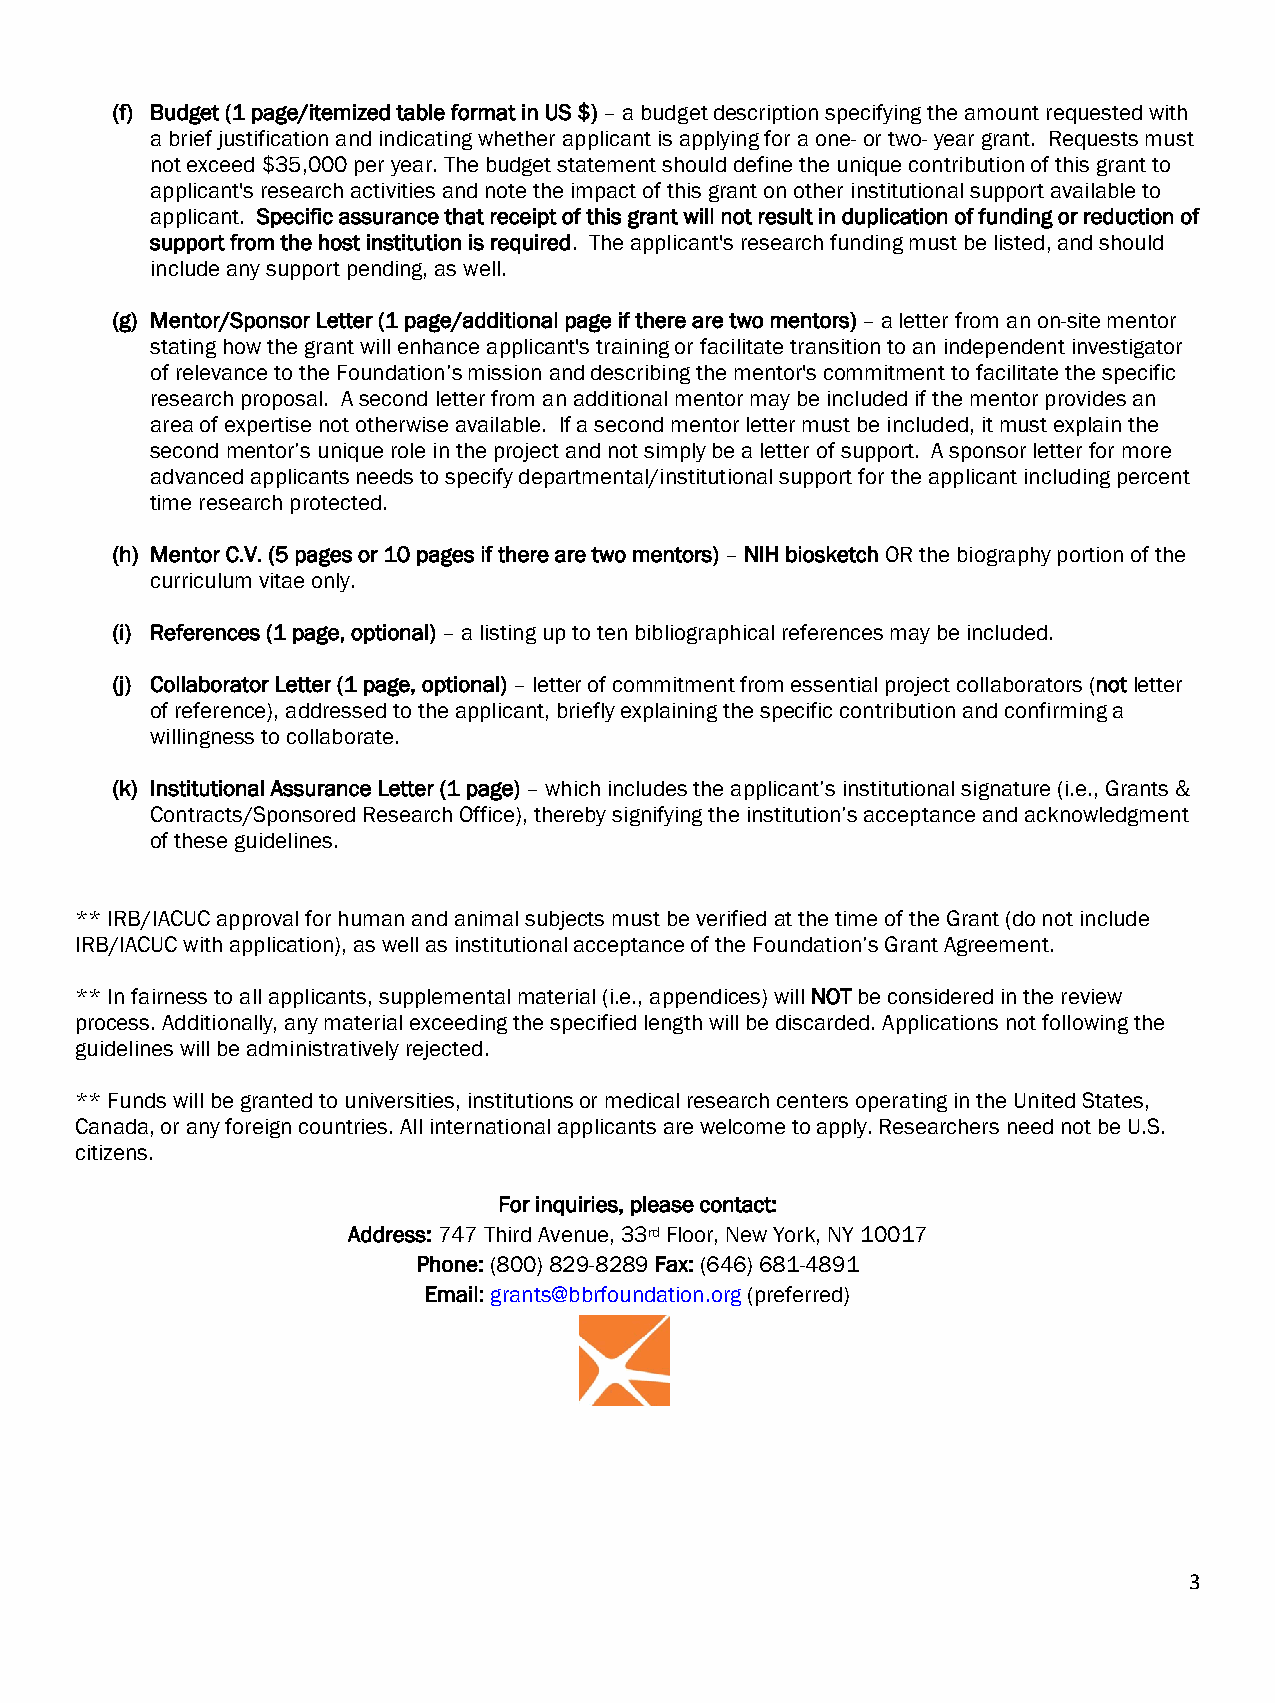
(f) Budget (1 page/itemized table format in US $) – a budget description specifying the amount requested with
 a brief justification and indicating whether applicant is applying for a one- or two- year grant. Requests must
 not exceed $35,000 per year. The budget statement should define the unique contribution of this grant to
 applicant's research activities and note the impact of this grant on other institutional support available to
 applicant. Specific assurance that receipt of this grant will not result in duplication of funding or reduction of
 support from the host institution is required. The applicant's research funding must be listed, and should
 include any support pending, as well.
 (g) Mentor/Sponsor Letter (1 page/additional page if there are two mentors) – a letter from an on-site mentor
 stating how the grant will enhance applicant's training or facilitate transition to an independent investigator
 of relevance to the Foundation’s mission and describing the mentor's commitment to facilitate the specific
 research proposal. A second letter from an additional mentor may be included if the mentor provides an
 area of expertise not otherwise available. If a second mentor letter must be included, it must explain the
 second mentor’s unique role in the project and not simply be a letter of support. A sponsor letter for more
 advanced applicants needs to specify departmental/institutional support for the applicant including percent
 time research protected.
 (h) Mentor C.V. (5 pages or 10 pages if there are two mentors) – NIH biosketch OR the biography portion of the
 curriculum vitae only.
 (i) References (1 page, optional) – a listing up to ten bibliographical references may be included.
 (j) Collaborator Letter (1 page, optional) – letter of commitment from essential project collaborators (not letter
 of reference), addressed to the applicant, briefly explaining the specific contribution and confirming a
 willingness to collaborate.
 (k) Institutional Assurance Letter (1 page) – which includes the applicant’s institutional signature (i.e., Grants &
 Contracts/Sponsored Research Office), thereby signifying the institution’s acceptance and acknowledgment
 of these guidelines.
 ** IRB/IACUC approval for human and animal subjects must be verified at the time of the Grant (do not include
 IRB/IACUC with application), as well as institutional acceptance of the Foundation’s Grant Agreement.
 ** In fairness to all applicants, supplemental material (i.e., appendices) will NOT be considered in the review
 process. Additionally, any material exceeding the specified length will be discarded. Applications not following the
 guidelines will be administratively rejected.
 ** Funds will be granted to universities, institutions or medical research centers operating in the United States,
 Canada, or any foreign countries. All international applicants are welcome to apply. Researchers need not be U.S.
 citizens.
 For inquiries, please contact:
 Address: 747 Third Avenue, 33rd Floor, New York, NY 10017
 Phone: (800) 829-8289 Fax: (646) 681-4891
 Email: grants@bbrfoundation.org (preferred)
 3